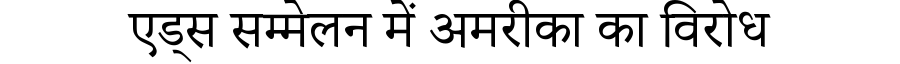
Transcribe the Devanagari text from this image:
एड्स सम्मेलन में अमरीका का विरोध